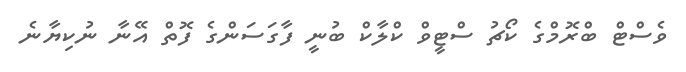
ވެސްޓް ބްރޮމްގެ ކޯޗު ސްޓީވް ކްލާކް ބުނީ ފާގަސަންގެ ފޮތް އޭނާ ނުކިޔާނެ